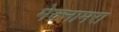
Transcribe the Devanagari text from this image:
मेक्नामरा